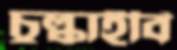
চুল্‌কাইবি